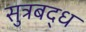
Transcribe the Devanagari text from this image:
सुत्रबद्ध